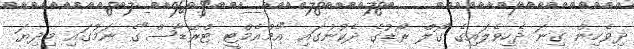
ދިވެހިން ގިނަ ދެހިވެލައިގެ ގޯލް ރޯޑުގެ ދެކުނުގައި "އެމްއެމްޓީ ޓްރޭޑާސް"ގެ ނަމުގައި މިދިޔަ